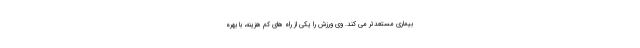
بیماری مستعدتر می کند. وی ورزش را یکی از راه های کم هزینه، با بهره